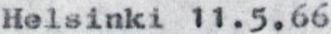
Helsinki 11.5.66